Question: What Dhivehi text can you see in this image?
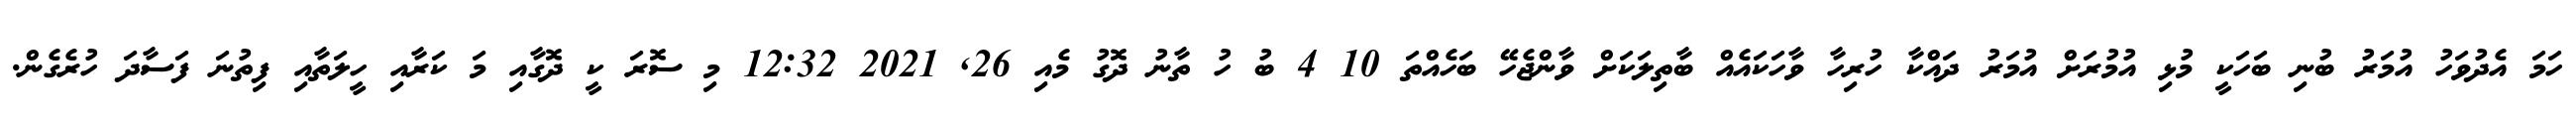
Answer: ހަމަ އެދުވަހު އުމަރު ބުނި ބަހަކީ މުޅި އުމުރަށް އުމަރު ދައްކާ ހުރިހާ ވާހަކައެއް ބާތިލަކަށް ވާންޖެހޭ ބަހެއްތަ 10 4 ބު ހު ތާނު ދޮގު މެއި 26, 2021 12:32 މި ސޮރަ ކީ ދޮގާއި މަ ކަރާއި ހީލަތާއި ފިތުނަ ފަސާދަ ހުރެގެން.